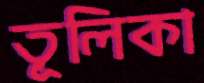
তূলিকা